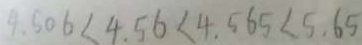
4 . 6 0 6 < 4 . 5 6 < 4 . 5 6 5 < 5 . 6 5